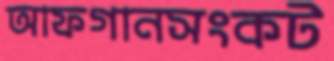
আফগানসংকট